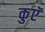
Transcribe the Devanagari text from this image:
कुएॅ